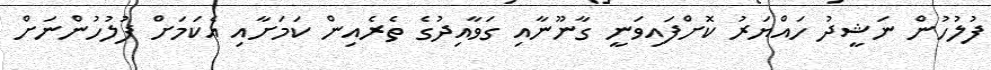
ފުލުހުން ނަޝީދު ހައްޔަރު ކޮށްފައިވަނީ ގާނޫނާއި ގަވާއިދުގެ ތެރެއިން ކަމަށާއި އެކަމަށް ފުލުހުންނަށް